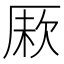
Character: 𠩼